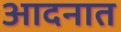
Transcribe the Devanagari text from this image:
आदनात